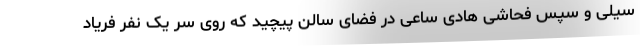
سیلی و سپس فحاشی هادی ساعی در فضای سالن پیچید که روی سر یک نفر فریاد